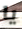
يا